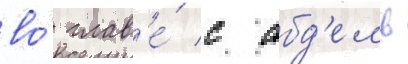
во́ глав'е́ с абд'ель